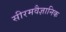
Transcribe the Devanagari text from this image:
सीरमवैज्ञानिक